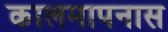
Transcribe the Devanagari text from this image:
कालमापनास